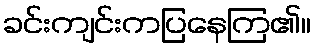
ခင်းကျင်းကပြနေကြ၏။